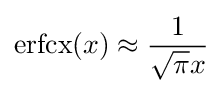
\mathrm {erfcx} (x)\approx {\frac {1}{{\sqrt {\pi }}x}}